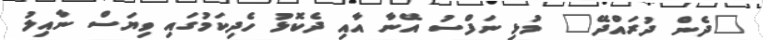
"ދެން ދުރައްދޭ" މުޅި ނަފްސު އޭނާ އާއި ދެކޮޅު ހެދިކަމުގައި ވިޔަސް ނާއިލު